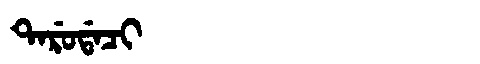
Manchu: ᡨᠠᡵᡠᡩᠠᠴᡳ
Romanization: TARUDACI